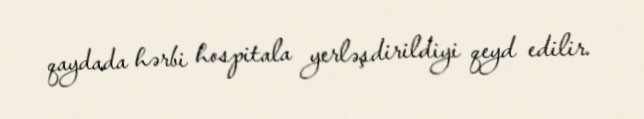
qaydada hərbi hospitala yerləşdirildiyi qeyd edilir.